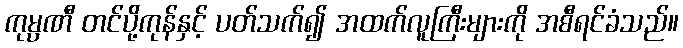
ကုမ္ပဏီ တင်ပို့ကုန်နှင့် ပတ်သက်၍ အထက်လူကြီးများကို အစီရင်ခံသည်။